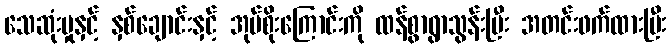
သေဆုံးမှုနှင့် နှစ်ချောင်းနှင့် အုပ်စိုးကြောင်းကို ထန်စွာရွာသွန်းပြီး အတင်းဖက်ထားပြီး